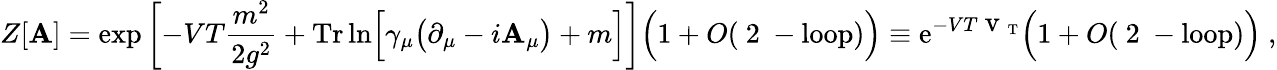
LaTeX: Z[\mathbf{A}]=\exp\left[-VT{\frac{{m^{2}}}{{2g^{2}}}}+\mathrm{{Tr}}\ln\Bigl[\gamma_{\mu}\bigl(\partial_{\mu}-i\mathbf{A}_{\mu}\bigr)+m\Bigr]\right]\Bigl(1+O(\mathrm{{~2~-loop}})\Bigr)\equiv{\mathrm{e}}^{-VT{\mathrm{{\Large~v~}}}_{\mathrm{{T}}}}\Bigl(1+O(\mathrm{{~2~-loop}})\Bigr)\ ,